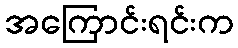
အကြောင်းရင်းက